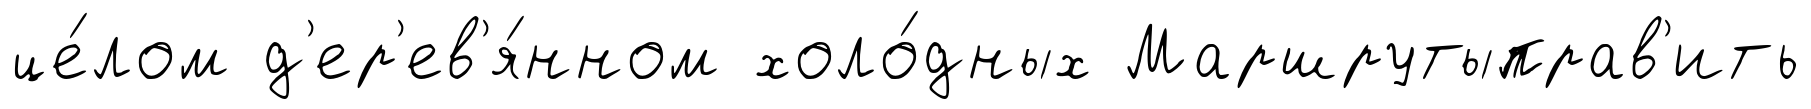
це́лом д'ер'ев'я́нном холо́дных Маршрутыправ'ить